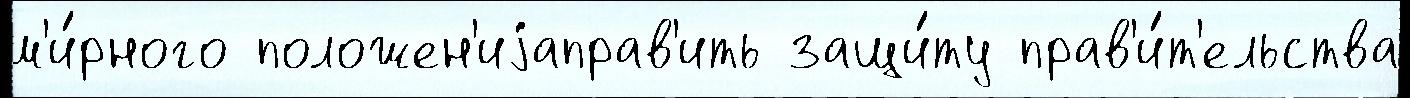
м'и́рного положен'иjаправ'ить защи́ту прав'и́т'ельства